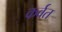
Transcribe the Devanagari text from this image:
कर्वत